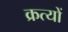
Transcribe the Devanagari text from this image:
क्रत्यों